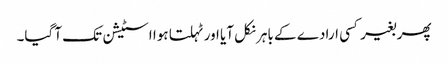
پھر بغیر کسی ارادے کے باہر نکل آیا اور ٹہلتا ہوا اسٹیشن تک آ گیا۔